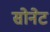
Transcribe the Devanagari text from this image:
सोनेट